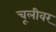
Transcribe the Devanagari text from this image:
चूलीवर